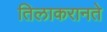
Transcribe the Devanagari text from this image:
तिलाकरानते